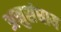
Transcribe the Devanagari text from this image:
अनुसंधाय